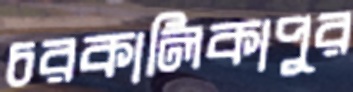
চরকালিকাপুর